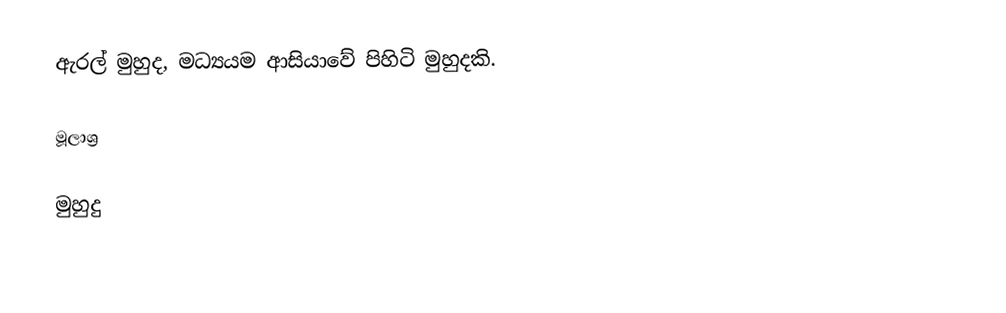
ඇරල් මුහුද, මධ්‍යයම ආසියාවේ පිහිටි මුහුදකි.

මූලාශ්‍ර

මුහුදු